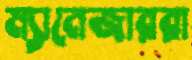
ম্যানেজাররা